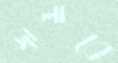
জ্বালাবে